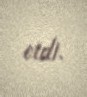
etdi.